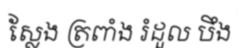
ស្លែង ត្រពាំង រំដួល បឹង